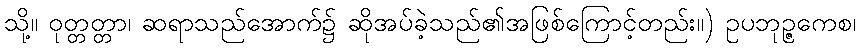
သို့။ ဝုတ္တတ္တာ၊ ဆရာသည်အောက်၌ ဆိုအပ်ခဲ့သည်၏အဖြစ်ကြောင့်တည်း။) ဥပဘုဉ္ဇကေစ၊